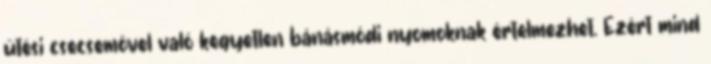
ütési csecsemõvel való kegyetlen bánásmódi nyomoknak értelmezhet. Ezért mind